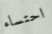
احتساء